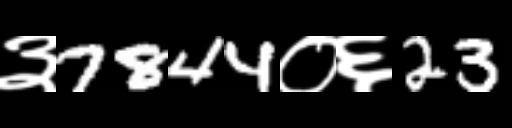
Text: ३7844०६23